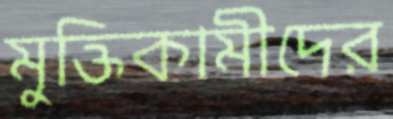
মুক্তিকামীদের